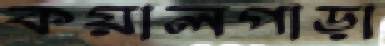
কয়ালপাড়া